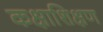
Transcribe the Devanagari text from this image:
कक्षाशिक्षण